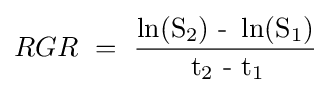
RGR\ =\ {\operatorname {\ln(S_{2})\ -\ \ln(S_{1})}  \over \operatorname {t_{2}\ -\ t_{1}} \!}